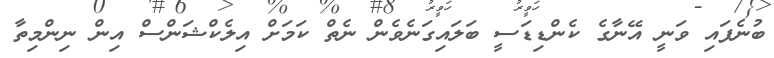
ބުނެފައި ވަނީ އޭނާގެ ކެންޑިޑަސީ ބަލައިގަނެވެން ނެތް ކަމަށް އިލެކްޝަންސް އިން ނިންމިތާ